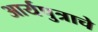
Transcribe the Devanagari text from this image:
आर्यपुत्राचे